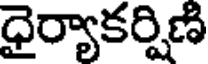
ధైర్యాకర్షిణి